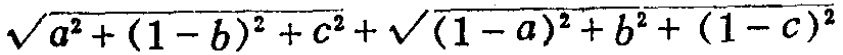
\(\sqrt{a^{2}+(1 - b)^{2}+c^{2}}+\sqrt{(1 - a)^{2}+b^{2}+(1 - c)^{2}}\)